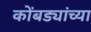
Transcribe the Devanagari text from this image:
कोंबड्यांच्या